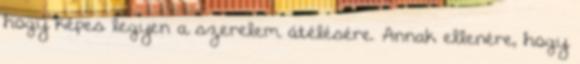
hogy képes legyen a szerelem átélésére. Annak ellenére, hogy